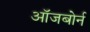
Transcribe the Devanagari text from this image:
ऑजबोर्न